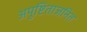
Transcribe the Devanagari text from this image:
अपुष्टिताजनित